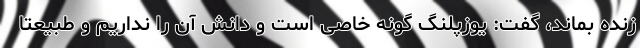
زنده بماند، گفت: یوزپلنگ گونه خاصی است و دانش آن را نداریم و طبیعتاً